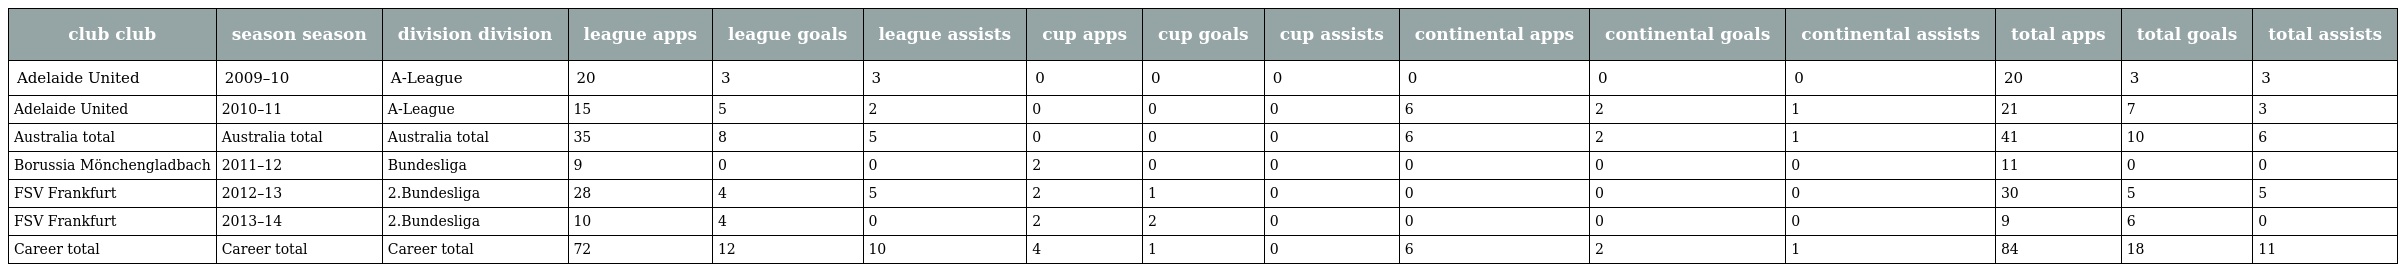
| club club | season season | division division | league apps | league goals | league assists | cup apps | cup goals | cup assists | continental apps | continental goals | continental assists | total apps | total goals | total assists |
 | --- | --- | --- | --- | --- | --- | --- | --- | --- | --- | --- | --- | --- | --- | --- |
 | Adelaide United | 2009–10 | A-League | 20 | 3 | 3 | 0 | 0 | 0 | 0 | 0 | 0 | 20 | 3 | 3 |
 | Adelaide United | 2010–11 | A-League | 15 | 5 | 2 | 0 | 0 | 0 | 6 | 2 | 1 | 21 | 7 | 3 |
 | Australia total | Australia total | Australia total | 35 | 8 | 5 | 0 | 0 | 0 | 6 | 2 | 1 | 41 | 10 | 6 |
 | Borussia Mönchengladbach | 2011–12 | Bundesliga | 9 | 0 | 0 | 2 | 0 | 0 | 0 | 0 | 0 | 11 | 0 | 0 |
 | FSV Frankfurt | 2012–13 | 2.Bundesliga | 28 | 4 | 5 | 2 | 1 | 0 | 0 | 0 | 0 | 30 | 5 | 5 |
 | FSV Frankfurt | 2013–14 | 2.Bundesliga | 10 | 4 | 0 | 2 | 2 | 0 | 0 | 0 | 0 | 9 | 6 | 0 |
 | Career total | Career total | Career total | 72 | 12 | 10 | 4 | 1 | 0 | 6 | 2 | 1 | 84 | 18 | 11 |